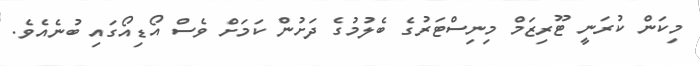
މިކަން ކުރަނީ ޓޫރިޒަމް މިނިސްޓަރުގެ ބެލުމުގެ ދަށުން ކަމަށް ވެސް އޯޑިއޯގައި ބުނެއެވެ.